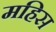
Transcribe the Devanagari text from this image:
महिस